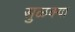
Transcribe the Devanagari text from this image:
सुळक्या